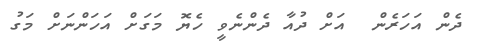
ދެން އަހަރެން  އަށް ދުއާ ދެންނެވީ ހެޔޮ މަގަށް އަހަންނަށް މަގު